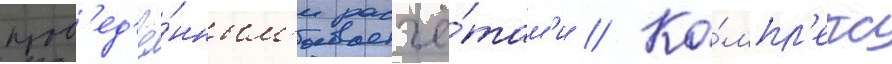
пров'ед'ё́нным'и расчё́там'и // Ко́мпл'екс